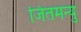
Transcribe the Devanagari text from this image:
जितमन्यु